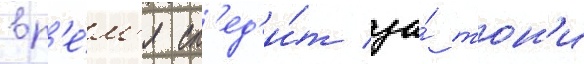
вр'е́м'я сл'ед'и́т за́ тон'и